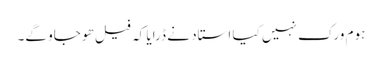
ہوم ورک نہیں کیا استاد نے ڈرایا کہ فیل ھو جاو گے۔